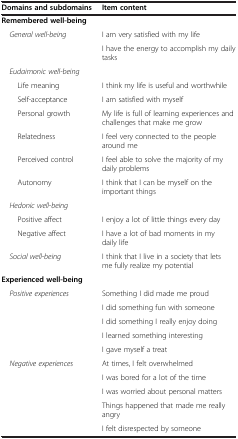
<table><thead><tr><td><b>Domains and subdomains</b></td><td><b>Item content</b></td></tr></thead><tbody><tr><td><b>Remembered well-being</b></td><td> </td></tr><tr><td> <i>General well-being</i></td><td>I am very satisfied with my life</td></tr><tr><td> </td><td>I have the energy to accomplish my daily tasks</td></tr><tr><td> <i>Eudaimonic well-being</i></td><td> </td></tr><tr><td>Life meaning</td><td>I think my life is useful and worthwhile</td></tr><tr><td>Self-acceptance</td><td>I am satisfied with myself</td></tr><tr><td>Personal growth</td><td>My life is full of learning experiences and challenges that make me grow</td></tr><tr><td>Relatedness</td><td>I feel very connected to the people around me</td></tr><tr><td>Perceived control</td><td>I feel able to solve the majority of my daily problems</td></tr><tr><td>Autonomy</td><td>I think that I can be myself on the important things</td></tr><tr><td> <i>Hedonic well-being</i></td><td> </td></tr><tr><td>Positive affect</td><td>I enjoy a lot of little things every day</td></tr><tr><td>Negative affect</td><td>I have a lot of bad moments in my daily life</td></tr><tr><td> <i>Social well-being</i></td><td>I think that I live in a society that lets me fully realize my potential</td></tr><tr><td><b>Experienced well-being</b></td><td> </td></tr><tr><td><i> Positive experiences</i></td><td>Something I did made me proud</td></tr><tr><td> </td><td>I did something fun with someone</td></tr><tr><td> </td><td>I did something I really enjoy doing</td></tr><tr><td> </td><td>I learned something interesting</td></tr><tr><td> </td><td>I gave myself a treat</td></tr><tr><td><i> Negative experiences</i></td><td>At times, I felt overwhelmed</td></tr><tr><td> </td><td>I was bored for a lot of the time</td></tr><tr><td> </td><td>I was worried about personal matters</td></tr><tr><td> </td><td>Things happened that made me really angry</td></tr><tr><td> </td><td>I felt disrespected by someone</td></tr></tbody></table>